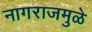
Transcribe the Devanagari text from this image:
नागराजमुळे